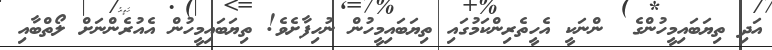
އަދި ތިޔަބައިމީހުންގެ  ންނަކީ އެހީތެރިންކަމުގައި ތިޔަބައިމީހުން ނުހިފާށެވެ! ތިޔަބައިމީހުން އެއުރެންނަށް ލޯތްބާއި